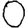
Digit: 0